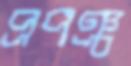
প্রপঞ্চ